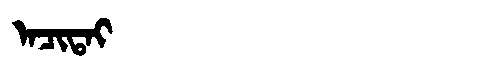
Manchu: ᠠᠴᡳᡨᠠᡳ
Romanization: ACITAI